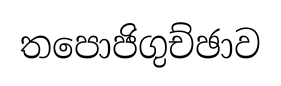
තපොජිගුච්ඡාව